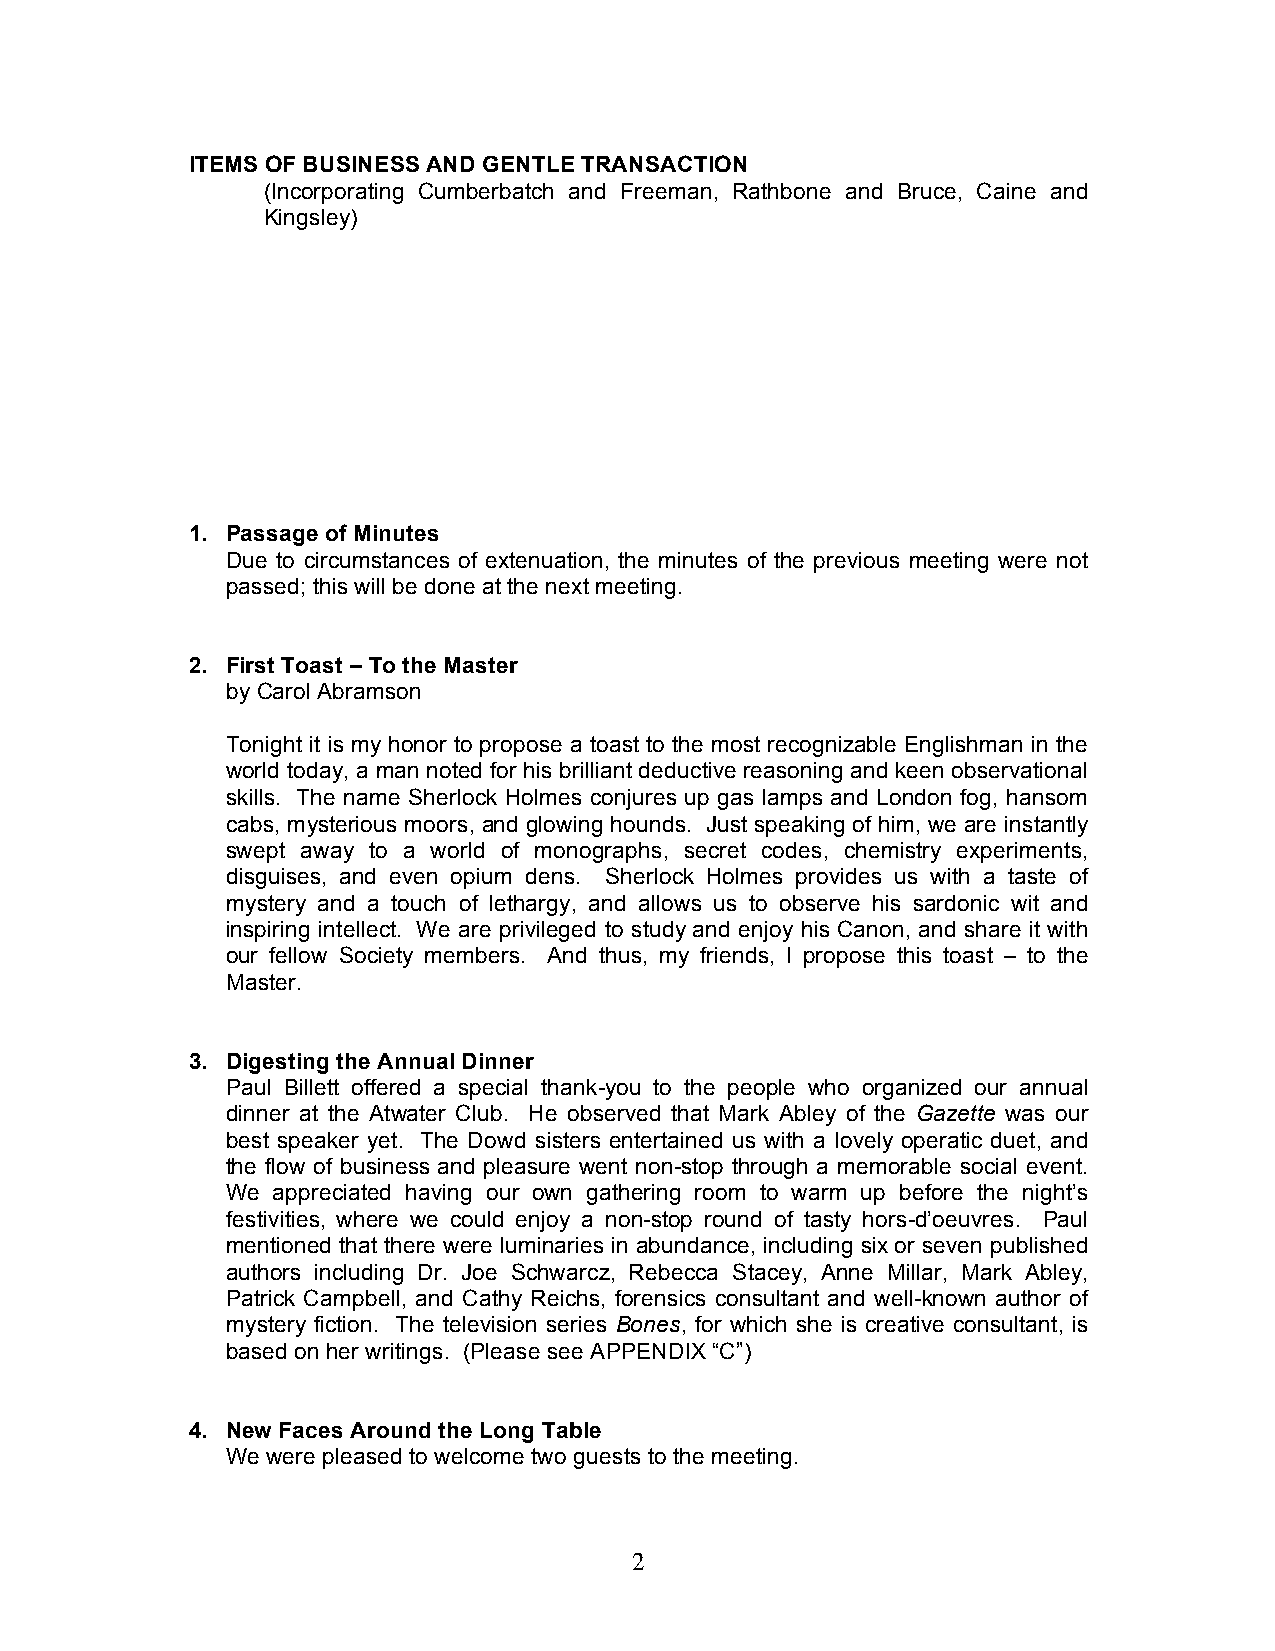
ITEMS OF BUSINESS AND GENTLE TRANSACTION
 (Incorporating Cumberbatch and Freeman, Rathbone and Bruce, Caine and
 Kingsley)
 1. Passage of Minutes
 Due to circumstances of extenuation, the minutes of the previous meeting were not
 passed; this will be done at the next meeting.
 2. First Toast – To the Master
 by Carol Abramson
 Tonight it is my honor to propose a toast to the most recognizable Englishman in the
 world today, a man noted for his brilliant deductive reasoning and keen observational
 skills. The name Sherlock Holmes conjures up gas lamps and London fog, hansom
 cabs, mysterious moors, and glowing hounds. Just speaking of him, we are instantly
 swept away to a world of monographs, secret codes, chemistry experiments,
 disguises, and even opium dens. Sherlock Holmes provides us with a taste of
 mystery and a touch of lethargy, and allows us to observe his sardonic wit and
 inspiring intellect. We are privileged to study and enjoy his Canon, and share it with
 our fellow Society members. And thus, my friends, I propose this toast – to the
 Master.
 3. Digesting the Annual Dinner
 Paul Billett offered a special thank-you to the people who organized our annual
 dinner at the Atwater Club. He observed that Mark Abley of the Gazette was our
 best speaker yet. The Dowd sisters entertained us with a lovely operatic duet, and
 the flow of business and pleasure went non-stop through a memorable social event.
 We appreciated having our own gathering room to warm up before the night’s
 festivities, where we could enjoy a non-stop round of tasty hors-d’oeuvres. Paul
 mentioned that there were luminaries in abundance, including six or seven published
 authors including Dr. Joe Schwarcz, Rebecca Stacey, Anne Millar, Mark Abley,
 Patrick Campbell, and Cathy Reichs, forensics consultant and well-known author of
 mystery fiction. The television series Bones, for which she is creative consultant, is
 based on her writings. (Please see APPENDIX “C”)
 4. New Faces Around the Long Table
 We were pleased to welcome two guests to the meeting.
 2